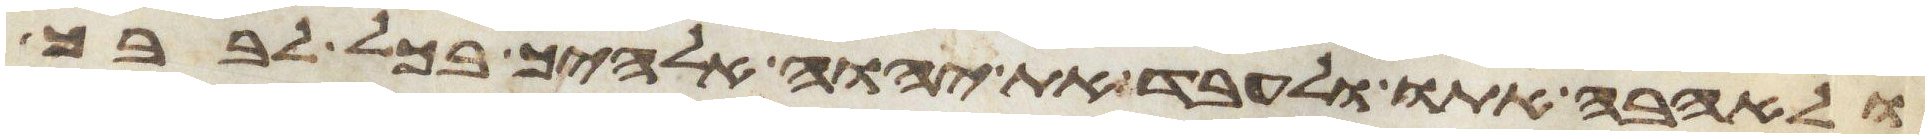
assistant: ולאהבה אתו ולעבד את יהוה אלהיך בכל לבבך